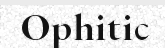
Ophitic